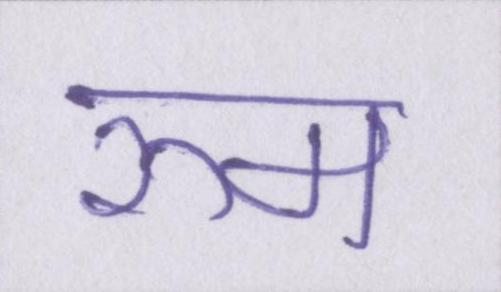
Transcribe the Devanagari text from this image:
रुम